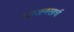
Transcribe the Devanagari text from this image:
भोजनखर्च